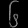
Digit: ၆